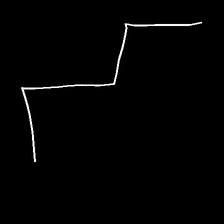
Glyph: crush